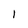
Character: l